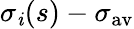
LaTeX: \sigma_{\mathit{i}}(s)-\sigma_{\mathrm{{av}}}